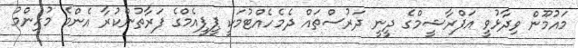
މައުމޫން ވިދާޅުވީ އަފްރާޝީމްގެ ދީނީ ދަރުސްތައް ދެމެހެއްޓުމަކީ ޕީޕީއެމްގެ ފަރާތުންކުރާ އެންމެ މުހިންމު